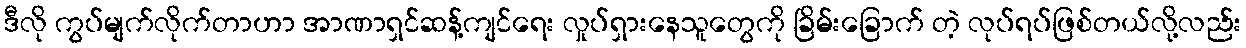
ဒီလို ကွပ်မျက်လိုက်တာဟာ အာဏာရှင်ဆန့်ကျင်ရေး လှုပ်ရှားနေသူတွေကို ခြိမ်းခြောက် တဲ့ လုပ်ရပ်ဖြစ်တယ်လို့လည်း